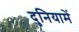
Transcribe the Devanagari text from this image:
दुनियामें